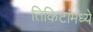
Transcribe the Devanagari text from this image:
तिकिटांमध्ये